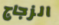
الزجاج